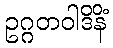
ဥဂ္ဂတဝါဒိနိံ